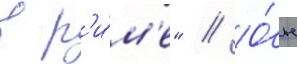
в р'и́м'е" // О́н